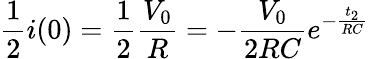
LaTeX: \frac{1}{2}i(0)=\frac{1}{2}\frac{V_{0}}{R}=-\frac{V_{0}}{2RC}e^{-\frac{t_{2}}{RC}}